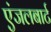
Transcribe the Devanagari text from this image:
एंजलबार्ट